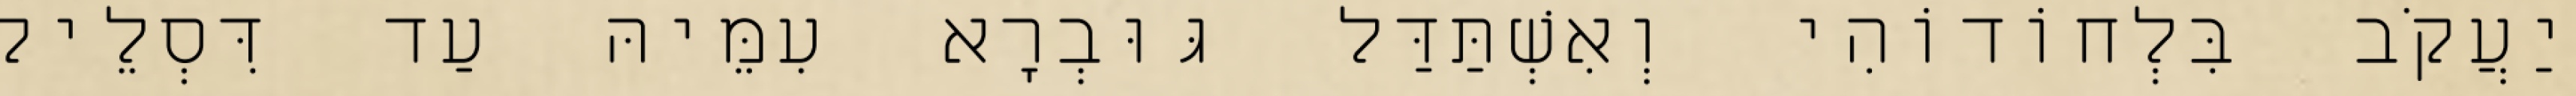
יַעֲקֹב בִּלְחוֹדוֹהִי וְאִשְׁתַּדַּל גּוּבְרָא עִמֵּיהּ עַד דִּסְלֵיק